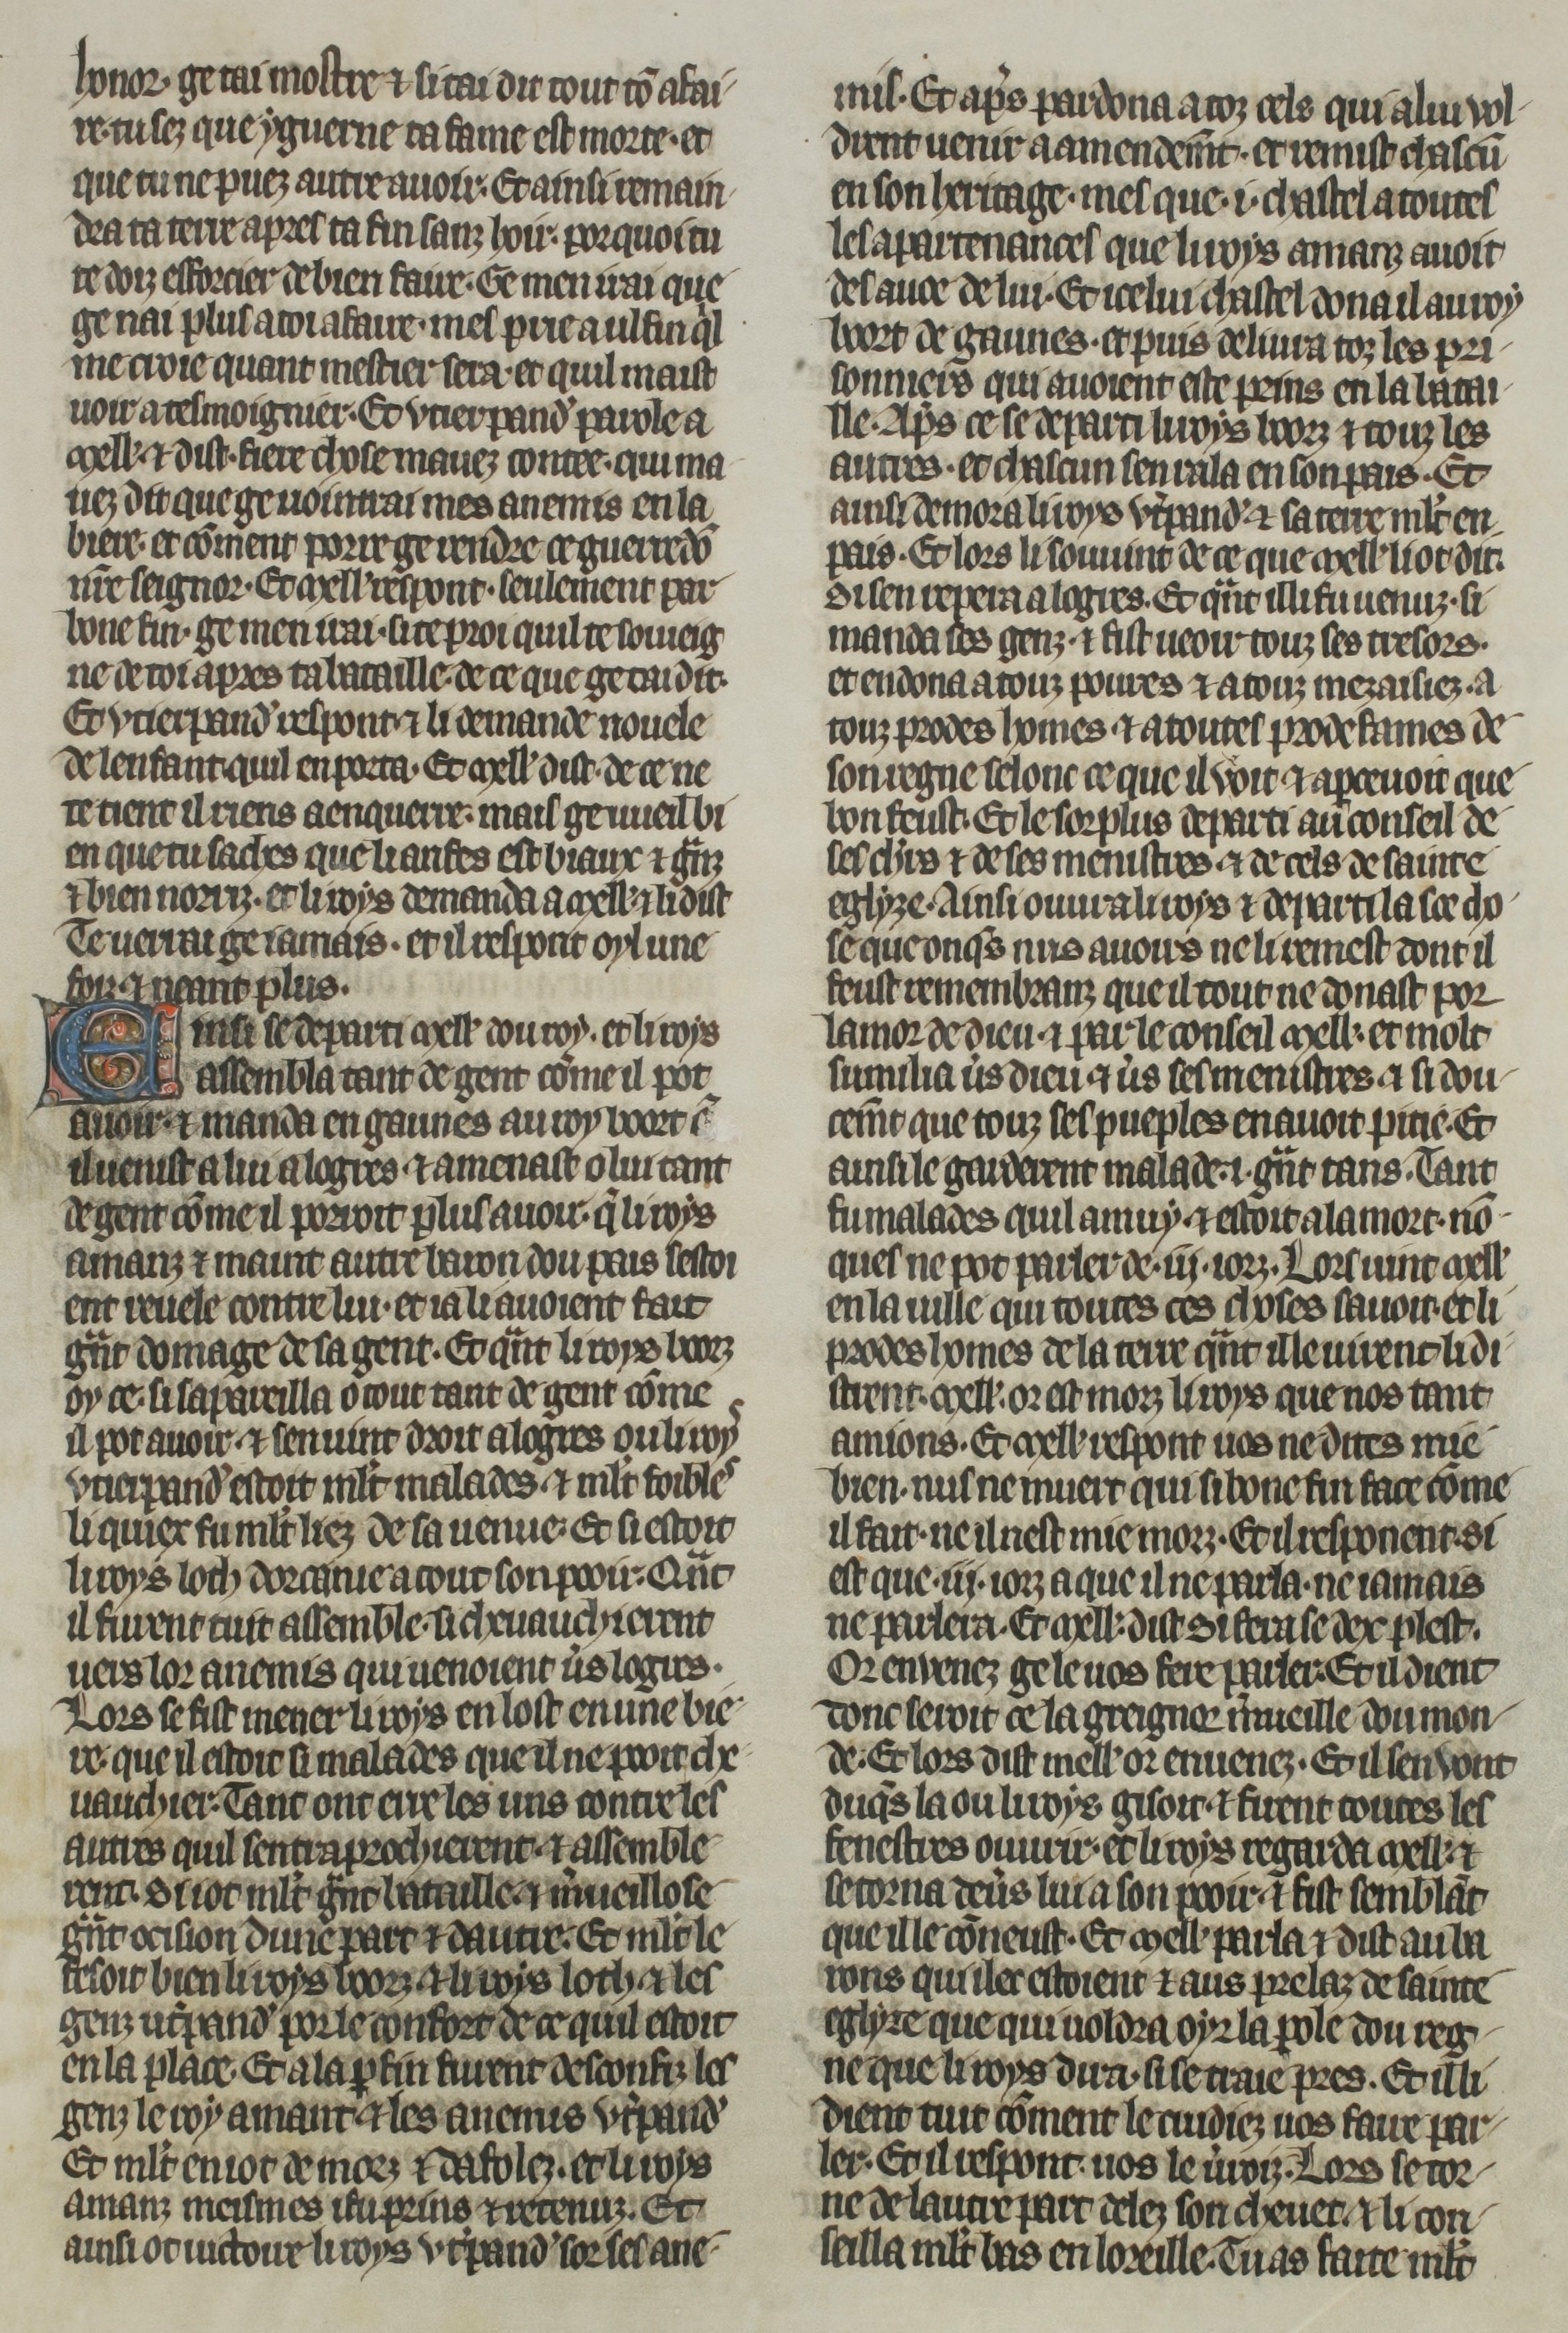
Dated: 1270–1299